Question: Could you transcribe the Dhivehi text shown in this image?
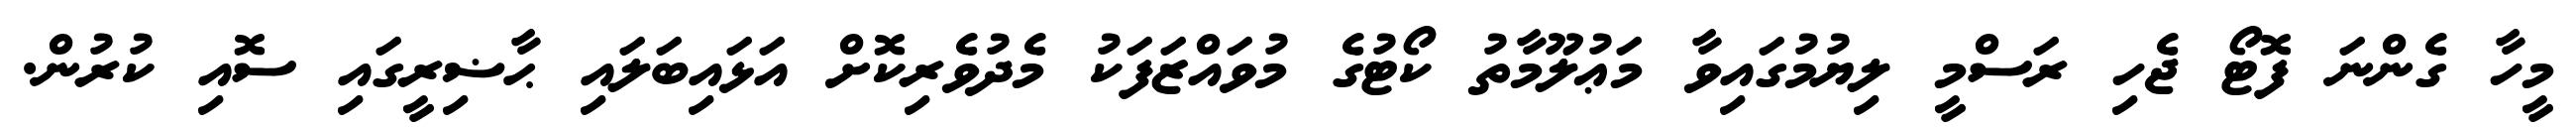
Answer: މީހާ ގެންނަ ފޮޓޯ ޖެހި ރަސްމީ ލިޔުމުގައިވާ މަޢުލޫމާތު ކޯޓުގެ މުވައްޒަފަކު މެދުވެރިކޮށް އަޅައިބަލައި ޙާޟިރީގައި ސޮއި ކުރުން.